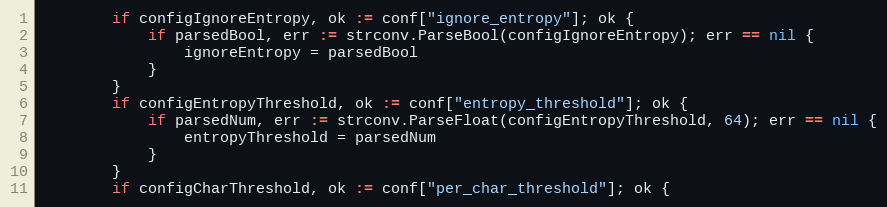
Language: Go
		if configIgnoreEntropy, ok := conf["ignore_entropy"]; ok {
			if parsedBool, err := strconv.ParseBool(configIgnoreEntropy); err == nil {
				ignoreEntropy = parsedBool
			}
		}
		if configEntropyThreshold, ok := conf["entropy_threshold"]; ok {
			if parsedNum, err := strconv.ParseFloat(configEntropyThreshold, 64); err == nil {
				entropyThreshold = parsedNum
			}
		}
		if configCharThreshold, ok := conf["per_char_threshold"]; ok {